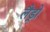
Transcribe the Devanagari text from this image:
लैंड्रो